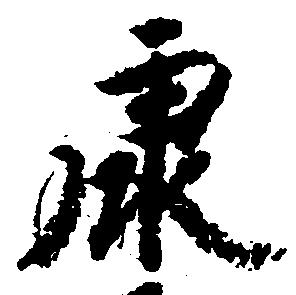
康